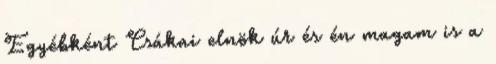
Egyébként Csákai elnök úr és én magam is a